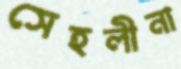
সেহলীনা